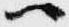
ハ